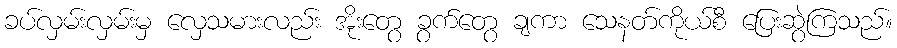
ခပ်လှမ်းလှမ်းမှ လှေသမားလည်း အိုးတွေ ခွက်တွေ ချကာ သေနတ်ကိုယ်စီ ပြေးဆွဲကြသည်။